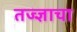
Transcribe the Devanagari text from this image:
तज्ज्ञाचा